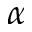
\alpha